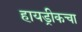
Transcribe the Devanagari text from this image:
हायड्रीकचा